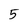
Character: 5